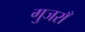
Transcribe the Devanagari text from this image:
गुजराँ